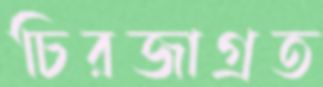
চিরজাগ্রত